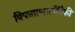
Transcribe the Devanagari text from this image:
विपत्रप्रणालींपैकी